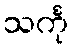
သင်္ကု